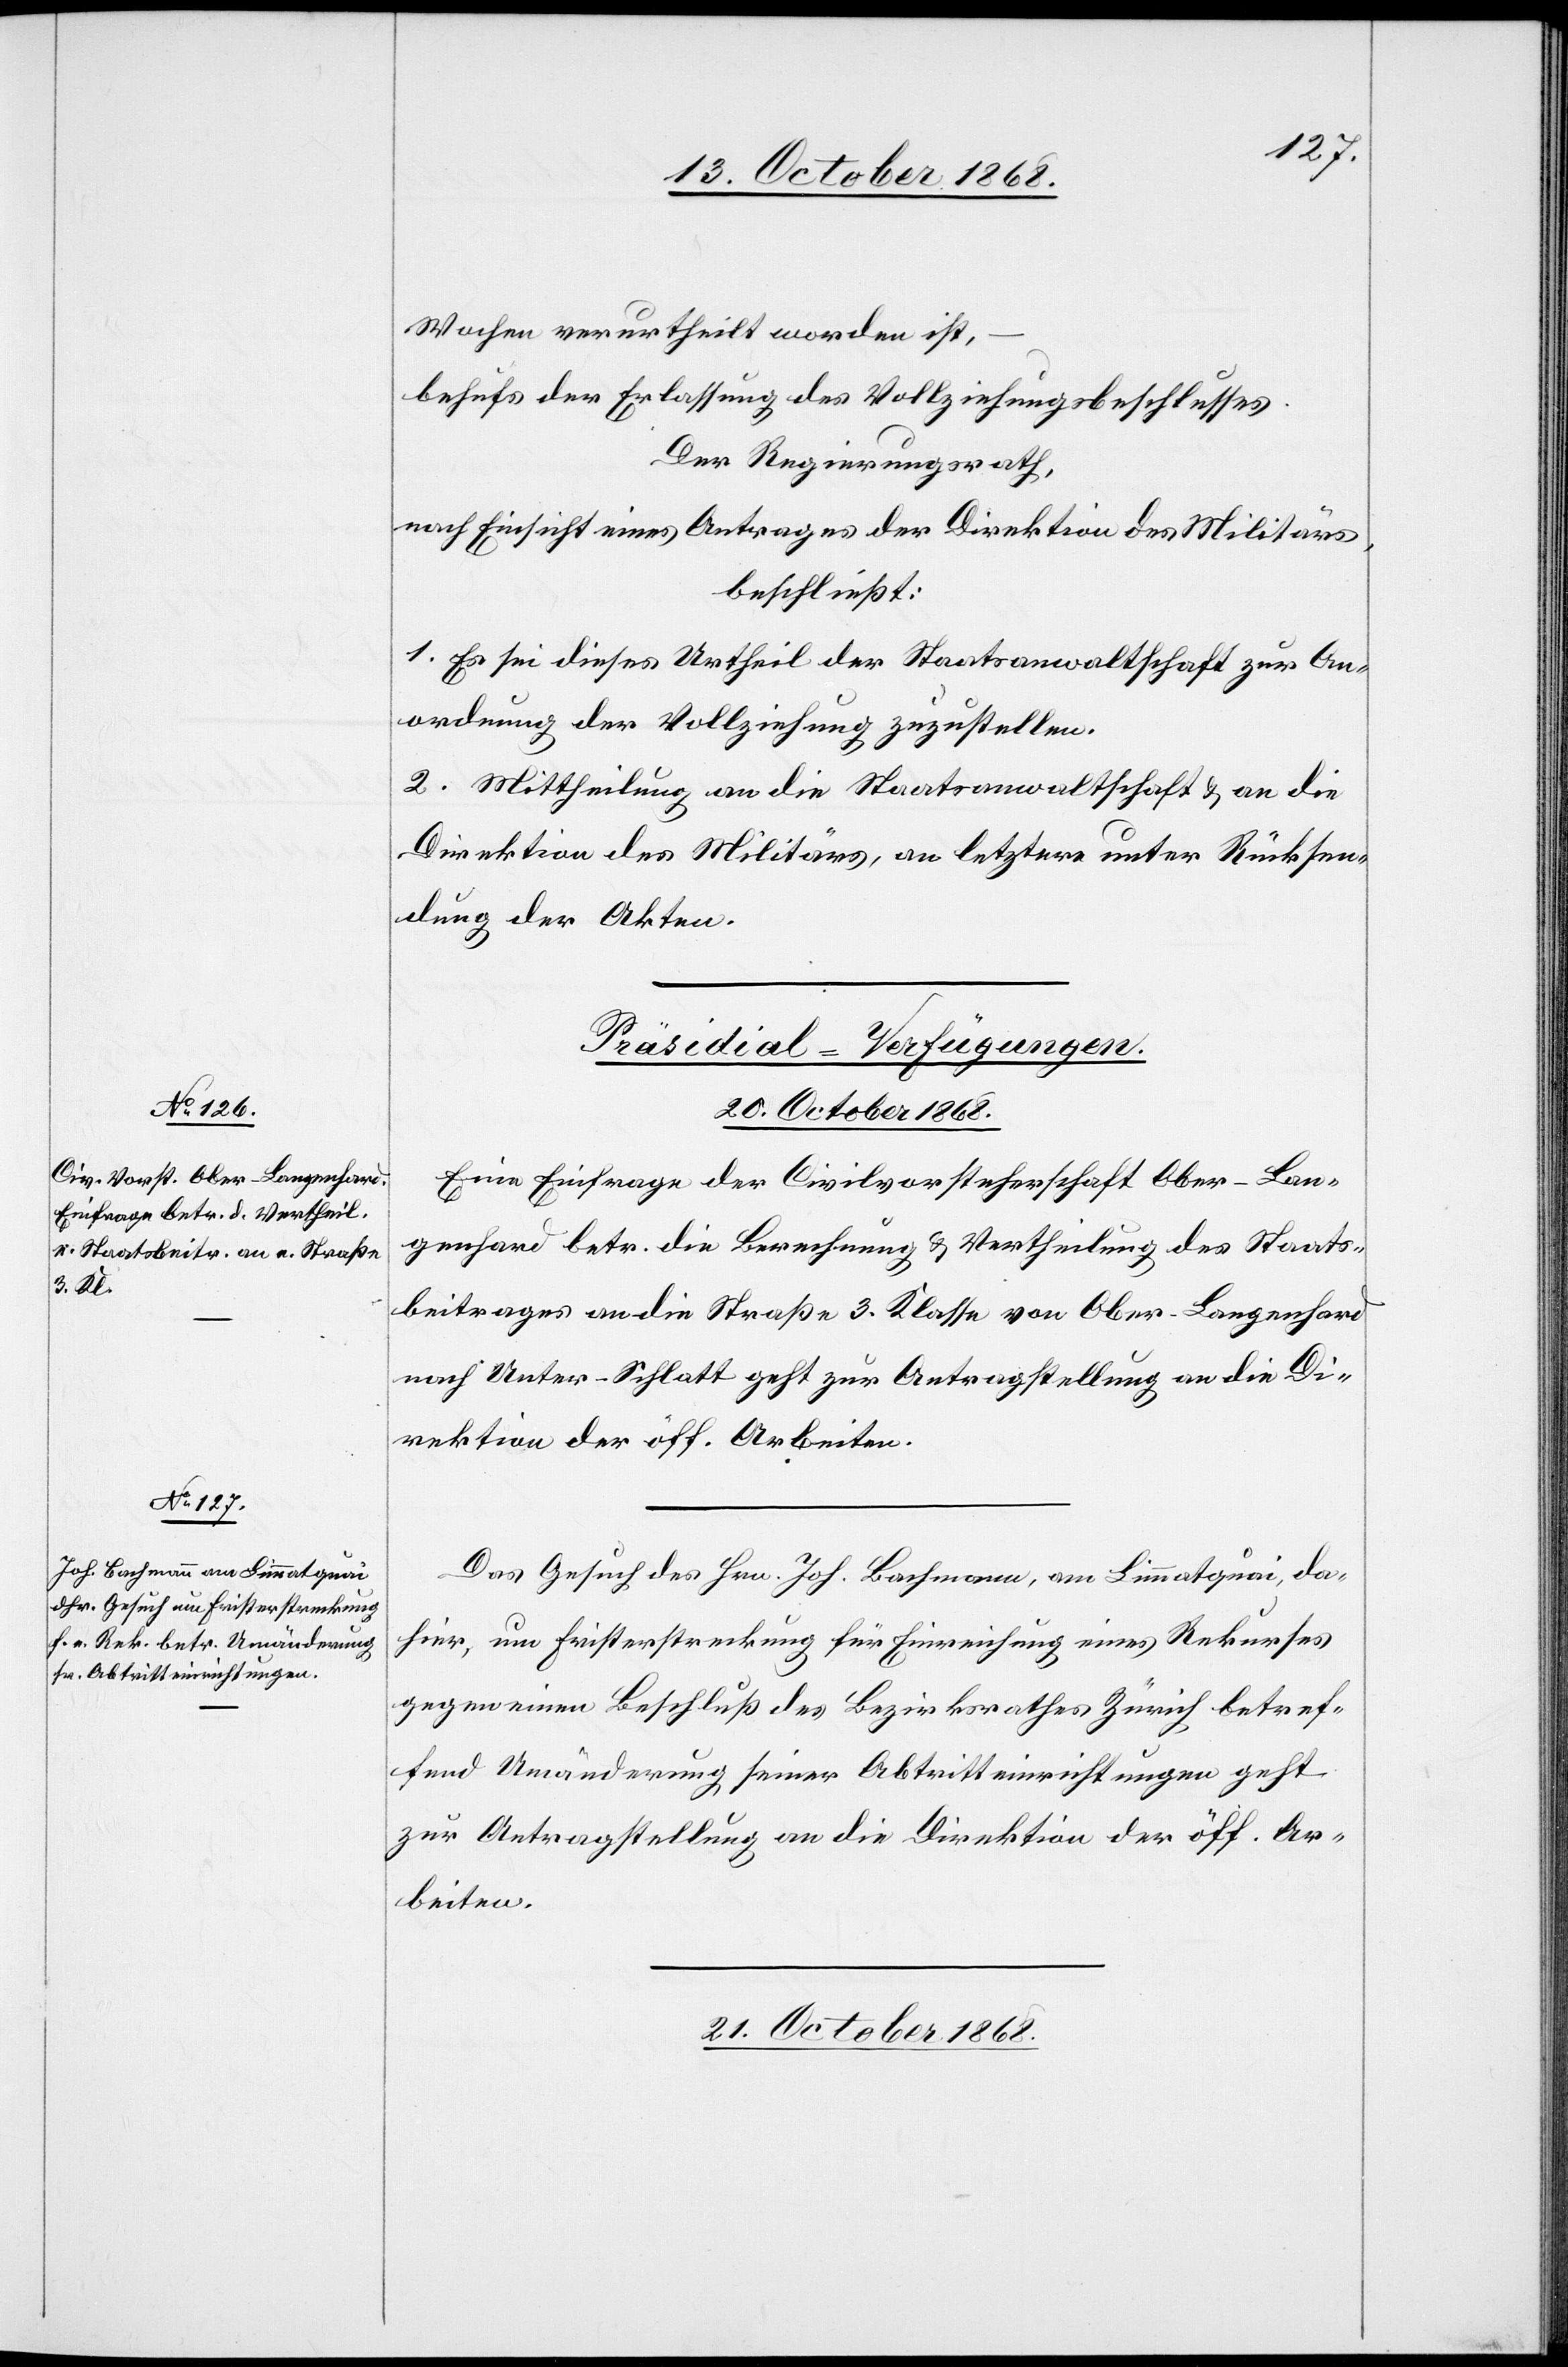
Wochen verurtheilt worden ist,
behufs der Erlassung des Vollziehungsbeschlusses.
Der Regierungsrath,
nach Einsicht eines Antrages der Direktion des Militärs,
beschließt:
1. Es sei dieses Urtheil der Staatsanwaltschaft zur An¬
ordnung der Vollziehung zuzustellen.
2. Mittheilung an die Staatsanwaltschaft & an die
Direktion des Militärs, an letztere unter Rücksen¬
dung der Akten.
[Präsidial-Verfügungen.]
20. October 1868.]
Eine Einfrage der Civilvorsteherschaft Ober-Lan¬
genhard betr. die Berechnung & Vertheilung des Staats¬
beitrages an die Straße 3. Klasse von Ober-Langenhard
nach Unter-Schlatt geht zur Antragstellung an die Di¬
rektion der öff. Arbeiten.
Das Gesuch des Hrn. Joh. Bachmann, am Limmatquai, da¬
hier, um Fristerstreckung für Einreichung eines Rekurses
gegen einen Beschluß des Bezirksrathes Zürich betref¬
fend Umänderung seiner Abtritteinrichtungen geht
zur Antragstellung an die Direktion der öff. Ar¬
beiten.
21. October 1868.